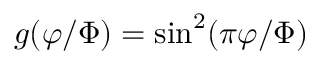
g ( \varphi / \Phi ) = \sin ^ { 2 } ( \pi \varphi / \Phi )